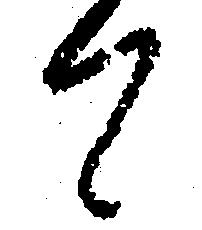
て